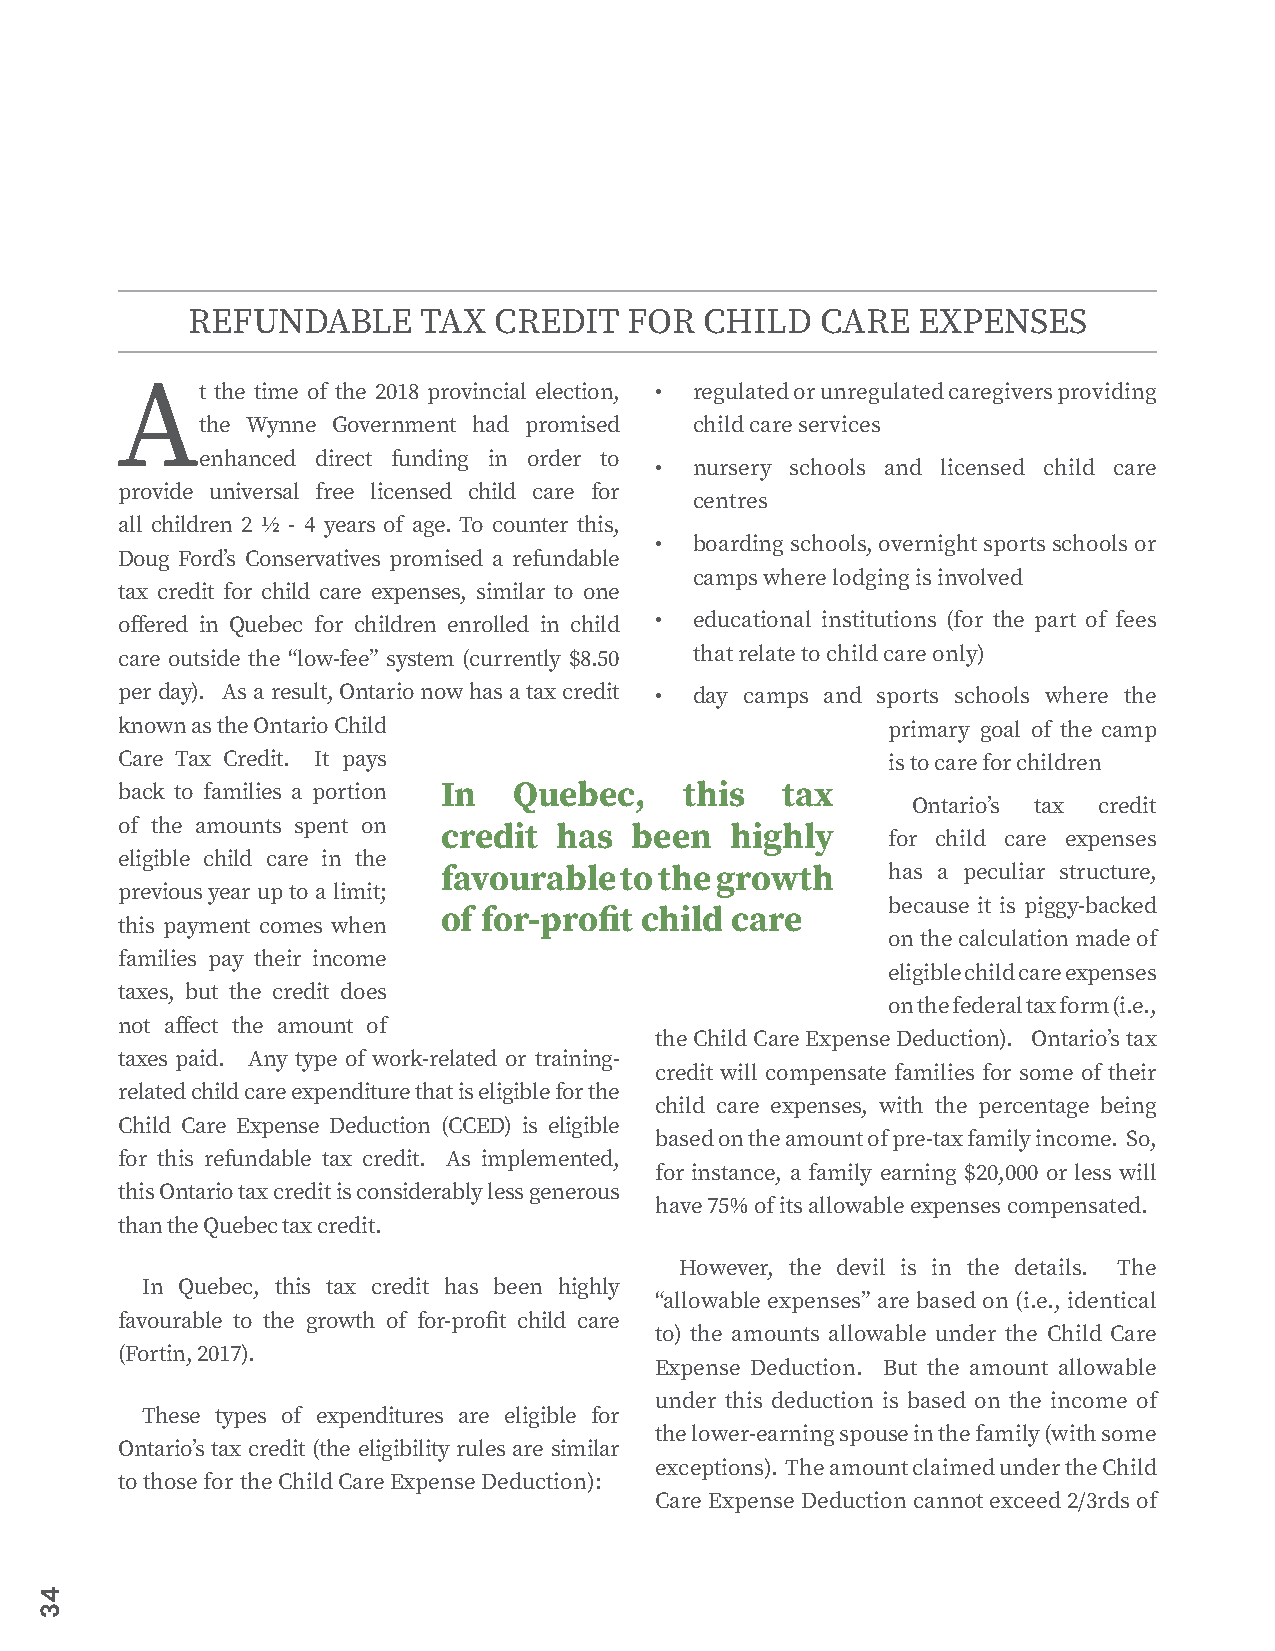
REFUNDABLE      TAX  CREDIT   FOR  CHILD  CARE   EXPENSES
 At    the time of the 2018 provincial election, • regulated or unregulated caregivers providing
 the Wynne Government had promised child care services
 enhanced direct funding in order to
 •  nursery schools and licensed child care
 provide universal free licensed child care for
 centres
 all children 2 ½ - 4 years of age. To counter this,
 •  boarding schools, overnight sports schools or
 Doug Ford’s Conservatives promised a refundable
 camps where lodging is involved
 tax credit for child care expenses, similar to one
 offered in Quebec for children enrolled in child • educational institutions (for the part of fees
 care outside the “low-fee” system (currently $8.50 that relate to child care only)
 per day). As a result, Ontario now has a tax credit • day camps and sports schools where the
 known as the Ontario Child                         primary goal of the camp
 Care Tax Credit. It pays                           is to care for children
 back to families a portion In Quebec, this  tax
 Ontario’s tax credit
 of the amounts spent on
 credit  has  been  highly
 for child care expenses
 eligible child care in the
 favourable  to the growth     has a peculiar structure,
 previous year up to a limit;
 because it is piggy-backed
 of for-profit child care
 this payment comes when
 on the calculation made of
 families pay their income
 eligible child care expenses
 taxes, but the credit does
 on the federal tax form (i.e.,
 not affect the amount of
 the Child Care Expense Deduction). Ontario’s tax
 taxes paid. Any type of work-related or training-
 credit will compensate families for some of their
 related child care expenditure that is eligible for the
 child care expenses, with the percentage being
 Child Care Expense Deduction (CCED) is eligible
 based on the amount of pre-tax family income. So,
 for this refundable tax credit. As implemented,
 for instance, a family earning $20,000 or less will
 this Ontario tax credit is considerably less generous
 have 75% of its allowable expenses compensated.
 than the Quebec tax credit.
 However, the devil is in the details. The
 In Quebec, this tax credit has been highly
 “allowable expenses” are based on (i.e., identical
 favourable to the growth of for-profit child care
 to) the amounts allowable under the Child Care
 (Fortin, 2017).
 Expense Deduction. But the amount allowable
 under this deduction is based on the income of
 These types of expenditures are eligible for
 the lower-earning spouse in the family (with some
 Ontario’s tax credit (the eligibility rules are similar
 exceptions). The amount claimed under the Child
 to those for the Child Care Expense Deduction):
 Care Expense Deduction cannot exceed 2/3rds of
 43